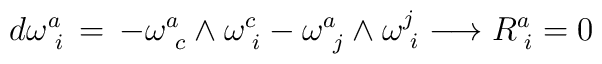
d\omega^a_{\phantom{i}i}\,=\,-\omega^a_{\phantom{c}c}\wedge\omega^c_{\phantom{i}i}-\omega^a_{\phantom{j}j}\wedge\omega^j_{\phantom{i}i}\longrightarrow R^a_{\phantom{i}i}=0